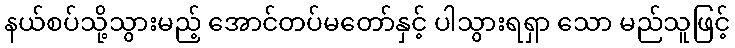
နယ်စပ်သို့သွားမည့် အောင်တပ်မတော်နှင့် ပါသွားရရှာ သော မည်သူဖြင့်